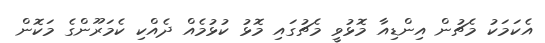
އެކަމަކު މެޗުން އިންޑިއާ މޮޅުވީ މެޗުގައި މޮޅު ކުޅުމެއް ދެއްކި ކެމަރޫންގެ މަކޮން